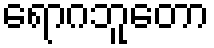
ရောဂဘူတော